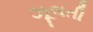
ઝૂલતી